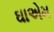
ઘાએમ